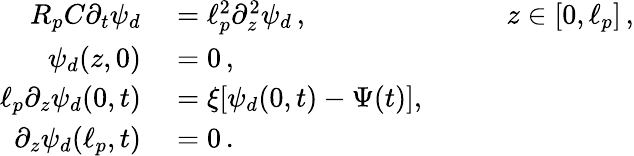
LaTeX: \begin{array}{rlrl}{R_{p}C\partial_{t}\psi_{d}}&{{}=\ell_{p}^{2}\partial_{z}^{2}\psi_{d}\, ,}&{\quad}&{{}z\in[0,\ell_{p}]\, ,}\\ {\psi_{d}(z,0)}&{{}=0\, ,}\\ {\ell_{p}\partial_{z}\psi_{d}(0,t)}&{{}=\xi[\psi_{d}(0,t)-\Psi(t)],}\\ {\partial_{z}\psi_{d}(\ell_{p},t)}&{{}=0\, .}\end{array}